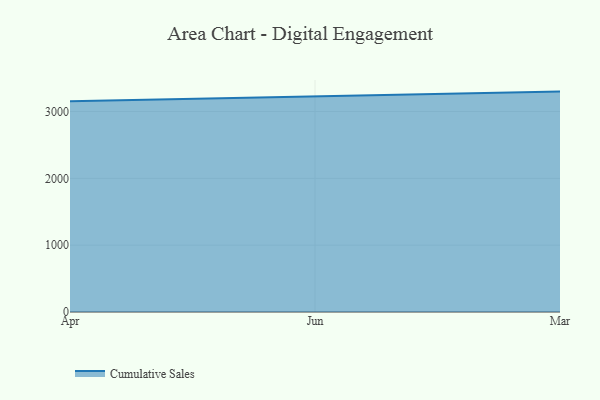
{"axis": {"x": "Month", "y": "Population (Million)"}, "legend": ["Cumulative Sales"], "data": [{"x": "Apr", "y": 3155.0, "type": "Cumulative Sales"}, {"x": "Jun", "y": 3231.6, "type": "Cumulative Sales"}, {"x": "Mar", "y": 3297.6, "type": "Cumulative Sales"}]}